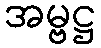
အမ္ဗဋ္ဌ